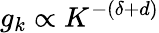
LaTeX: g_{k}\propto K^{-(\delta+d)}